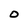
Character: O